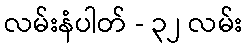
လမ်းနံပါတ် - ၃၂ လမ်း